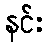
နင်း